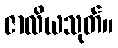
ဇာလိယသုတ်။